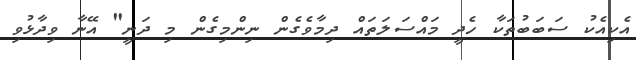
އެކިއެކު ސަބަބުތަކާ ހެދީ މައްސަލަތައް ދިމާވެގެން ނިންމިގެން މި ދަނީ" އޭނާ ވިދާޅުވި